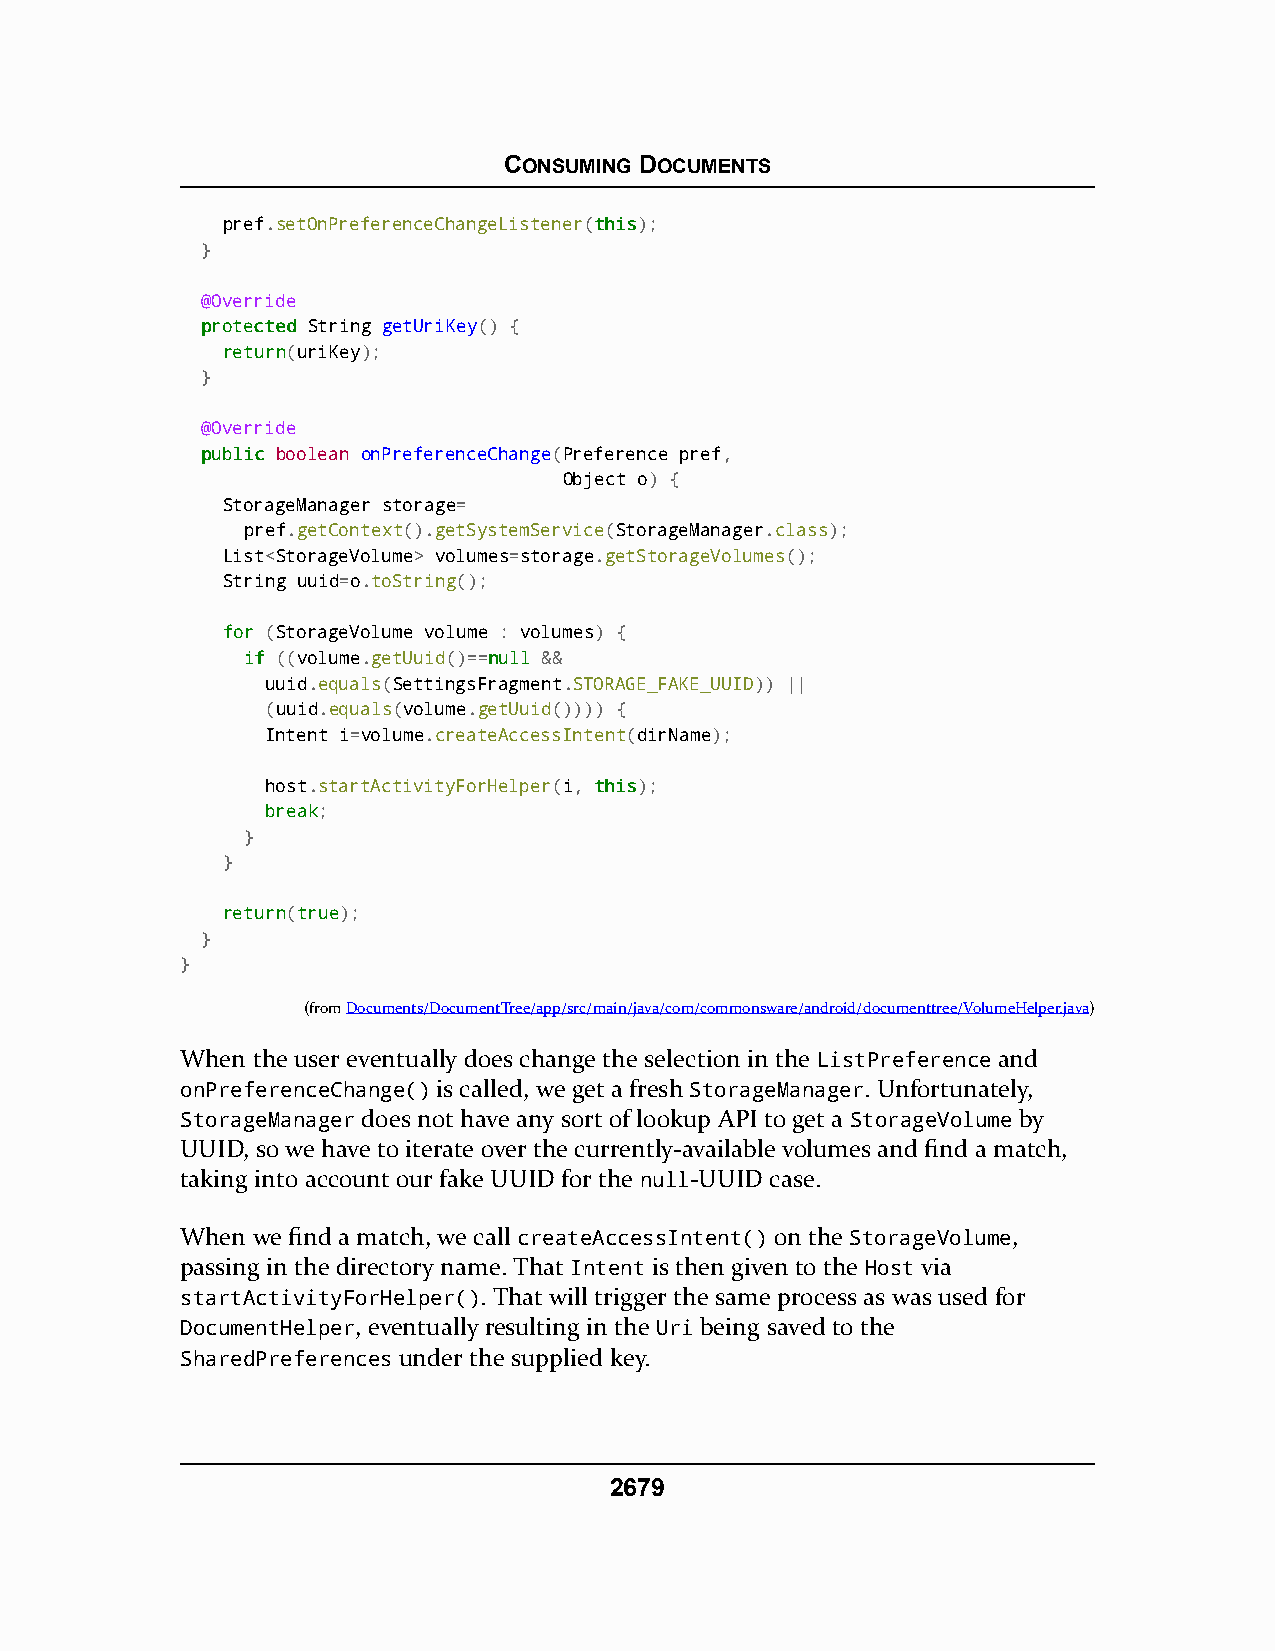
CONSUMING DOCUMENTS
 pref.setOnPreferenceChangeListener(tthhiiss);
 }
 @Override
 pprrootteecctteedd String getUriKey() {
 rreettuurrnn(uriKey);
 }
 @Override
 ppuubblliicc boolean onPreferenceChange(Preference pref,
 Object o) {
 StorageManager storage=
 pref.getContext().getSystemService(StorageManager.class);
 List<StorageVolume> volumes=storage.getStorageVolumes();
 String uuid=o.toString();
 ffoorr (StorageVolume volume : volumes) {
 iiff ((volume.getUuid()==nnuullll &&
 uuid.equals(SettingsFragment.STORAGE_FAKE_UUID)) ||
 (uuid.equals(volume.getUuid()))) {
 Intent i=volume.createAccessIntent(dirName);
 host.startActivityForHelper(i, tthhiiss);
 bbrreeaakk;
 }
 }
 rreettuurrnn(ttrruuee);
 }
 }
 (fromDocuments/DocumentTree/app/src/main/java/com/commonsware/android/documenttree/VolumeHelper.java)
 When the user eventually does change the selection in the ListPreference and
 onPreferenceChange() is called, we get a fresh StorageManager. Unfortunately,
 StorageManager does not have any sort of lookup API to get a StorageVolume by
 UUID, so we have to iterate over the currently-available volumes and find a match,
 taking into account our fake UUID for the null-UUID case.
 When we find a match, we call createAccessIntent() on the StorageVolume,
 passing in the directory name. That Intent is then given to the Host via
 startActivityForHelper(). That will trigger the same process as was used for
 DocumentHelper, eventually resulting in the Uri being saved to the
 SharedPreferences under the supplied key.
 2679